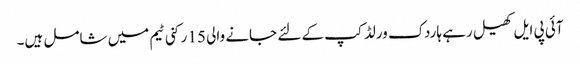
آئی پی ایل کھیل رہے ہاردک ورلڈ کپ کے لئے جانے والی 15 رکنی ٹیم میں شامل ہیں۔